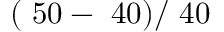
( \ 5 0 - \ 4 0 ) / \ 4 0